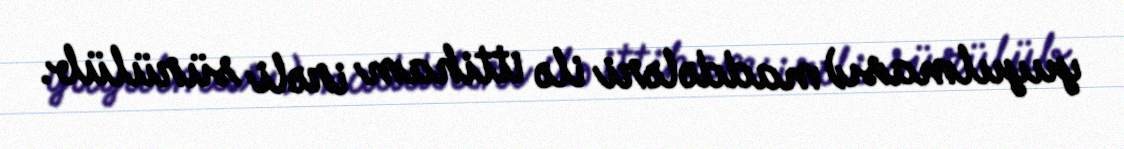
yuyulması) maddələri ilə ittiham irəli sürülüb.